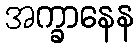
အက္ခာနေန